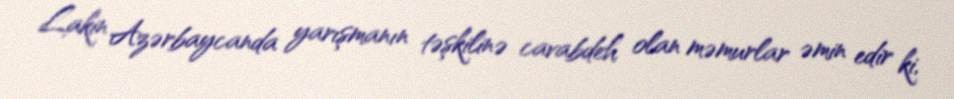
Lakin Azərbaycanda yarışmanın təşkilinə cavabdeh olan məmurlar əmin edir ki,